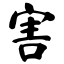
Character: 害